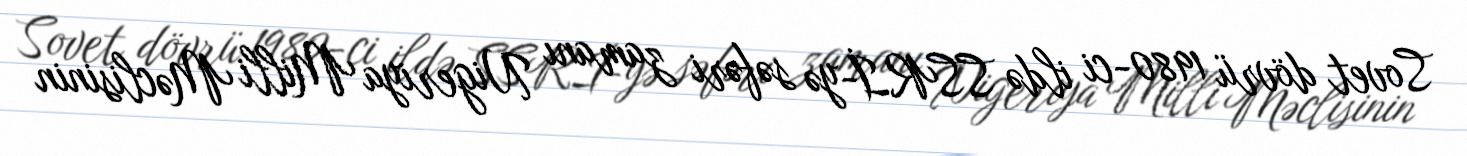
Sovet dövrü 1980-ci ildə SSRİ-yə səfəri zamanı Nigeriya Milli Məclisinin